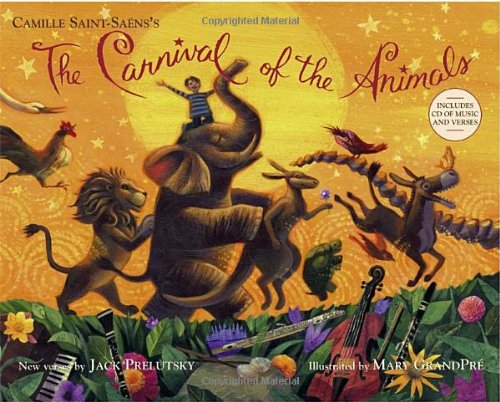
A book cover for The Carnival of the Animals (Book & CD); Jack Prelutsky; Literature & Fiction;